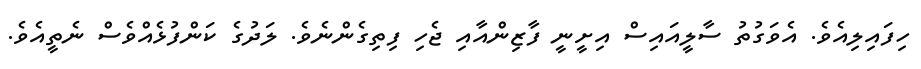
ހިފައިލިއެވެ. އެވަގުތު ސާލީއައިސް އިށީނީ ފާޒިންއާއި ޖެހި ފިތިގެންނެވެ. ލަދުގެ ކަންފުޅެއްވެސް ނެތީއެވެ.